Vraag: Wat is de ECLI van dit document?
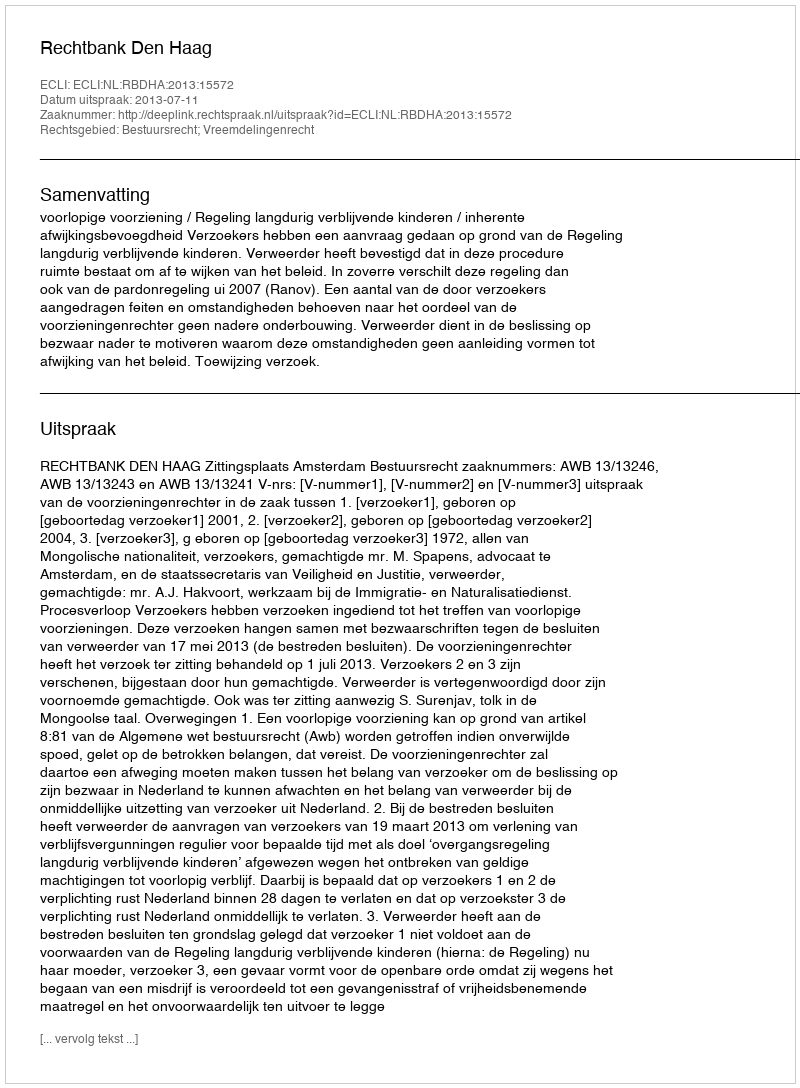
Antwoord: ECLI:NL:RBDHA:2013:15572